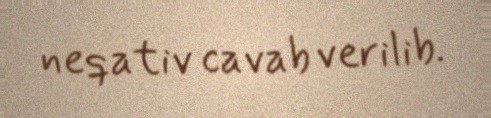
neqativ cavab verilib.